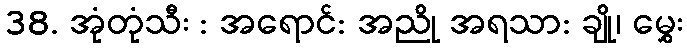
38. အုံတုံသီး : အရောင်: အညို အရသာ: ချို၊ မွှေး